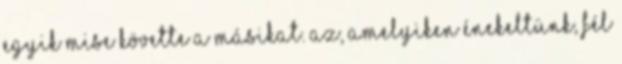
Egyik mise követte a másikat. Az, amelyiken énekeltünk, fél